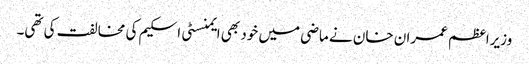
وزیراعظم عمران خان نے ماضی میں خود بھی ایمنسٹی اسکیم کی مخالفت کی تھی۔